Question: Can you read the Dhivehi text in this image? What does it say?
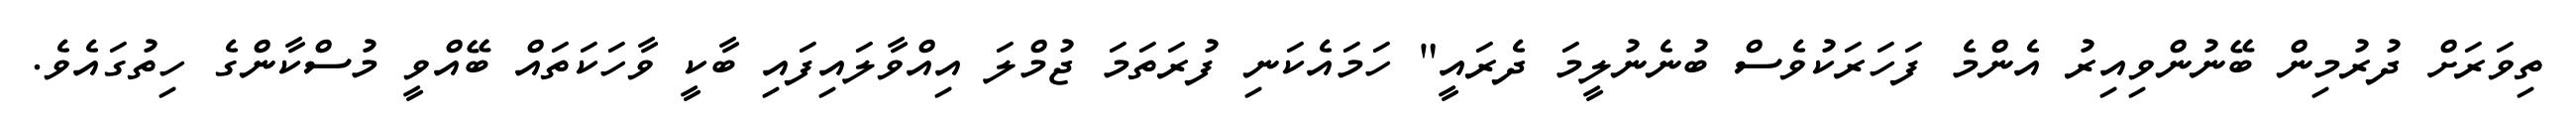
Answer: ތިވަރަށް ދުރުމިން ބޭނުންވިއިރު އެންމެ ފަހަރަކުވެސް ބުނެނުލީމަ ދެރައީ" ހަމައެކަނި ފުރަތަމަ ޖުމްލަ އިއްވާލައިފައި ބާކީ ވާހަކަތައް ބޭއްވީ މުސްކާންގެ ހިތުގައެވެ.